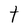
Character: t